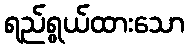
ရည်ရွယ်ထားသော